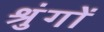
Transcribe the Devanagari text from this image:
श्रुंगों